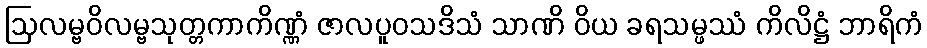
ဩလမ္ဗဝိလမ္ဗသုတ္တကာကိဏ္ဏံ ဇာလပူဝသဒိသံ သာဏိ ဝိယ ခရသမ္ဖဿံ ကိလိဋ္ဌံ ဘာရိကံ